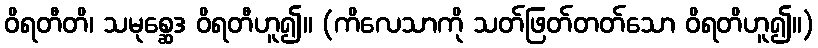
ဝိရတီတိ၊ သမုစ္ဆေဒ ဝိရတီဟူ၍။ (ကိလေသာကို သတ်ဖြတ်တတ်သော ဝိရတိဟူ၍။)